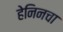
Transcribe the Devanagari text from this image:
हेनिनचा